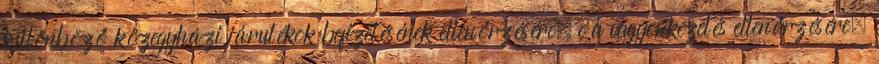
különböző közegyházi járulékok befizetésének ellenőrzésére, c a vagyonkezelés ellenőrzésére,